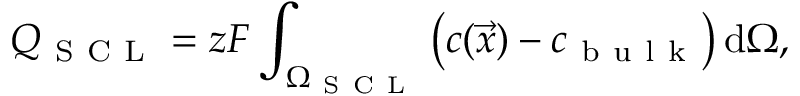
Q _ { \mathrm { ~ S ~ C ~ L ~ } } = z F \int _ { \Omega _ { \mathrm { ~ S ~ C ~ L ~ } } } \left( c ( \vec { x } ) - c _ { \mathrm { ~ b ~ u ~ l ~ k ~ } } \right) \mathrm { d } \Omega ,